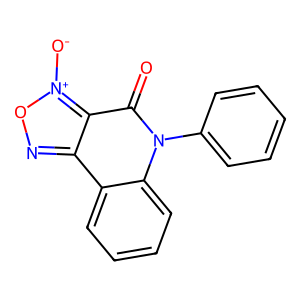
SMILES: O=c1c2c(no[n+]2[O-])c2ccccc2n1-c1ccccc1
Inhibits HIV replication: No